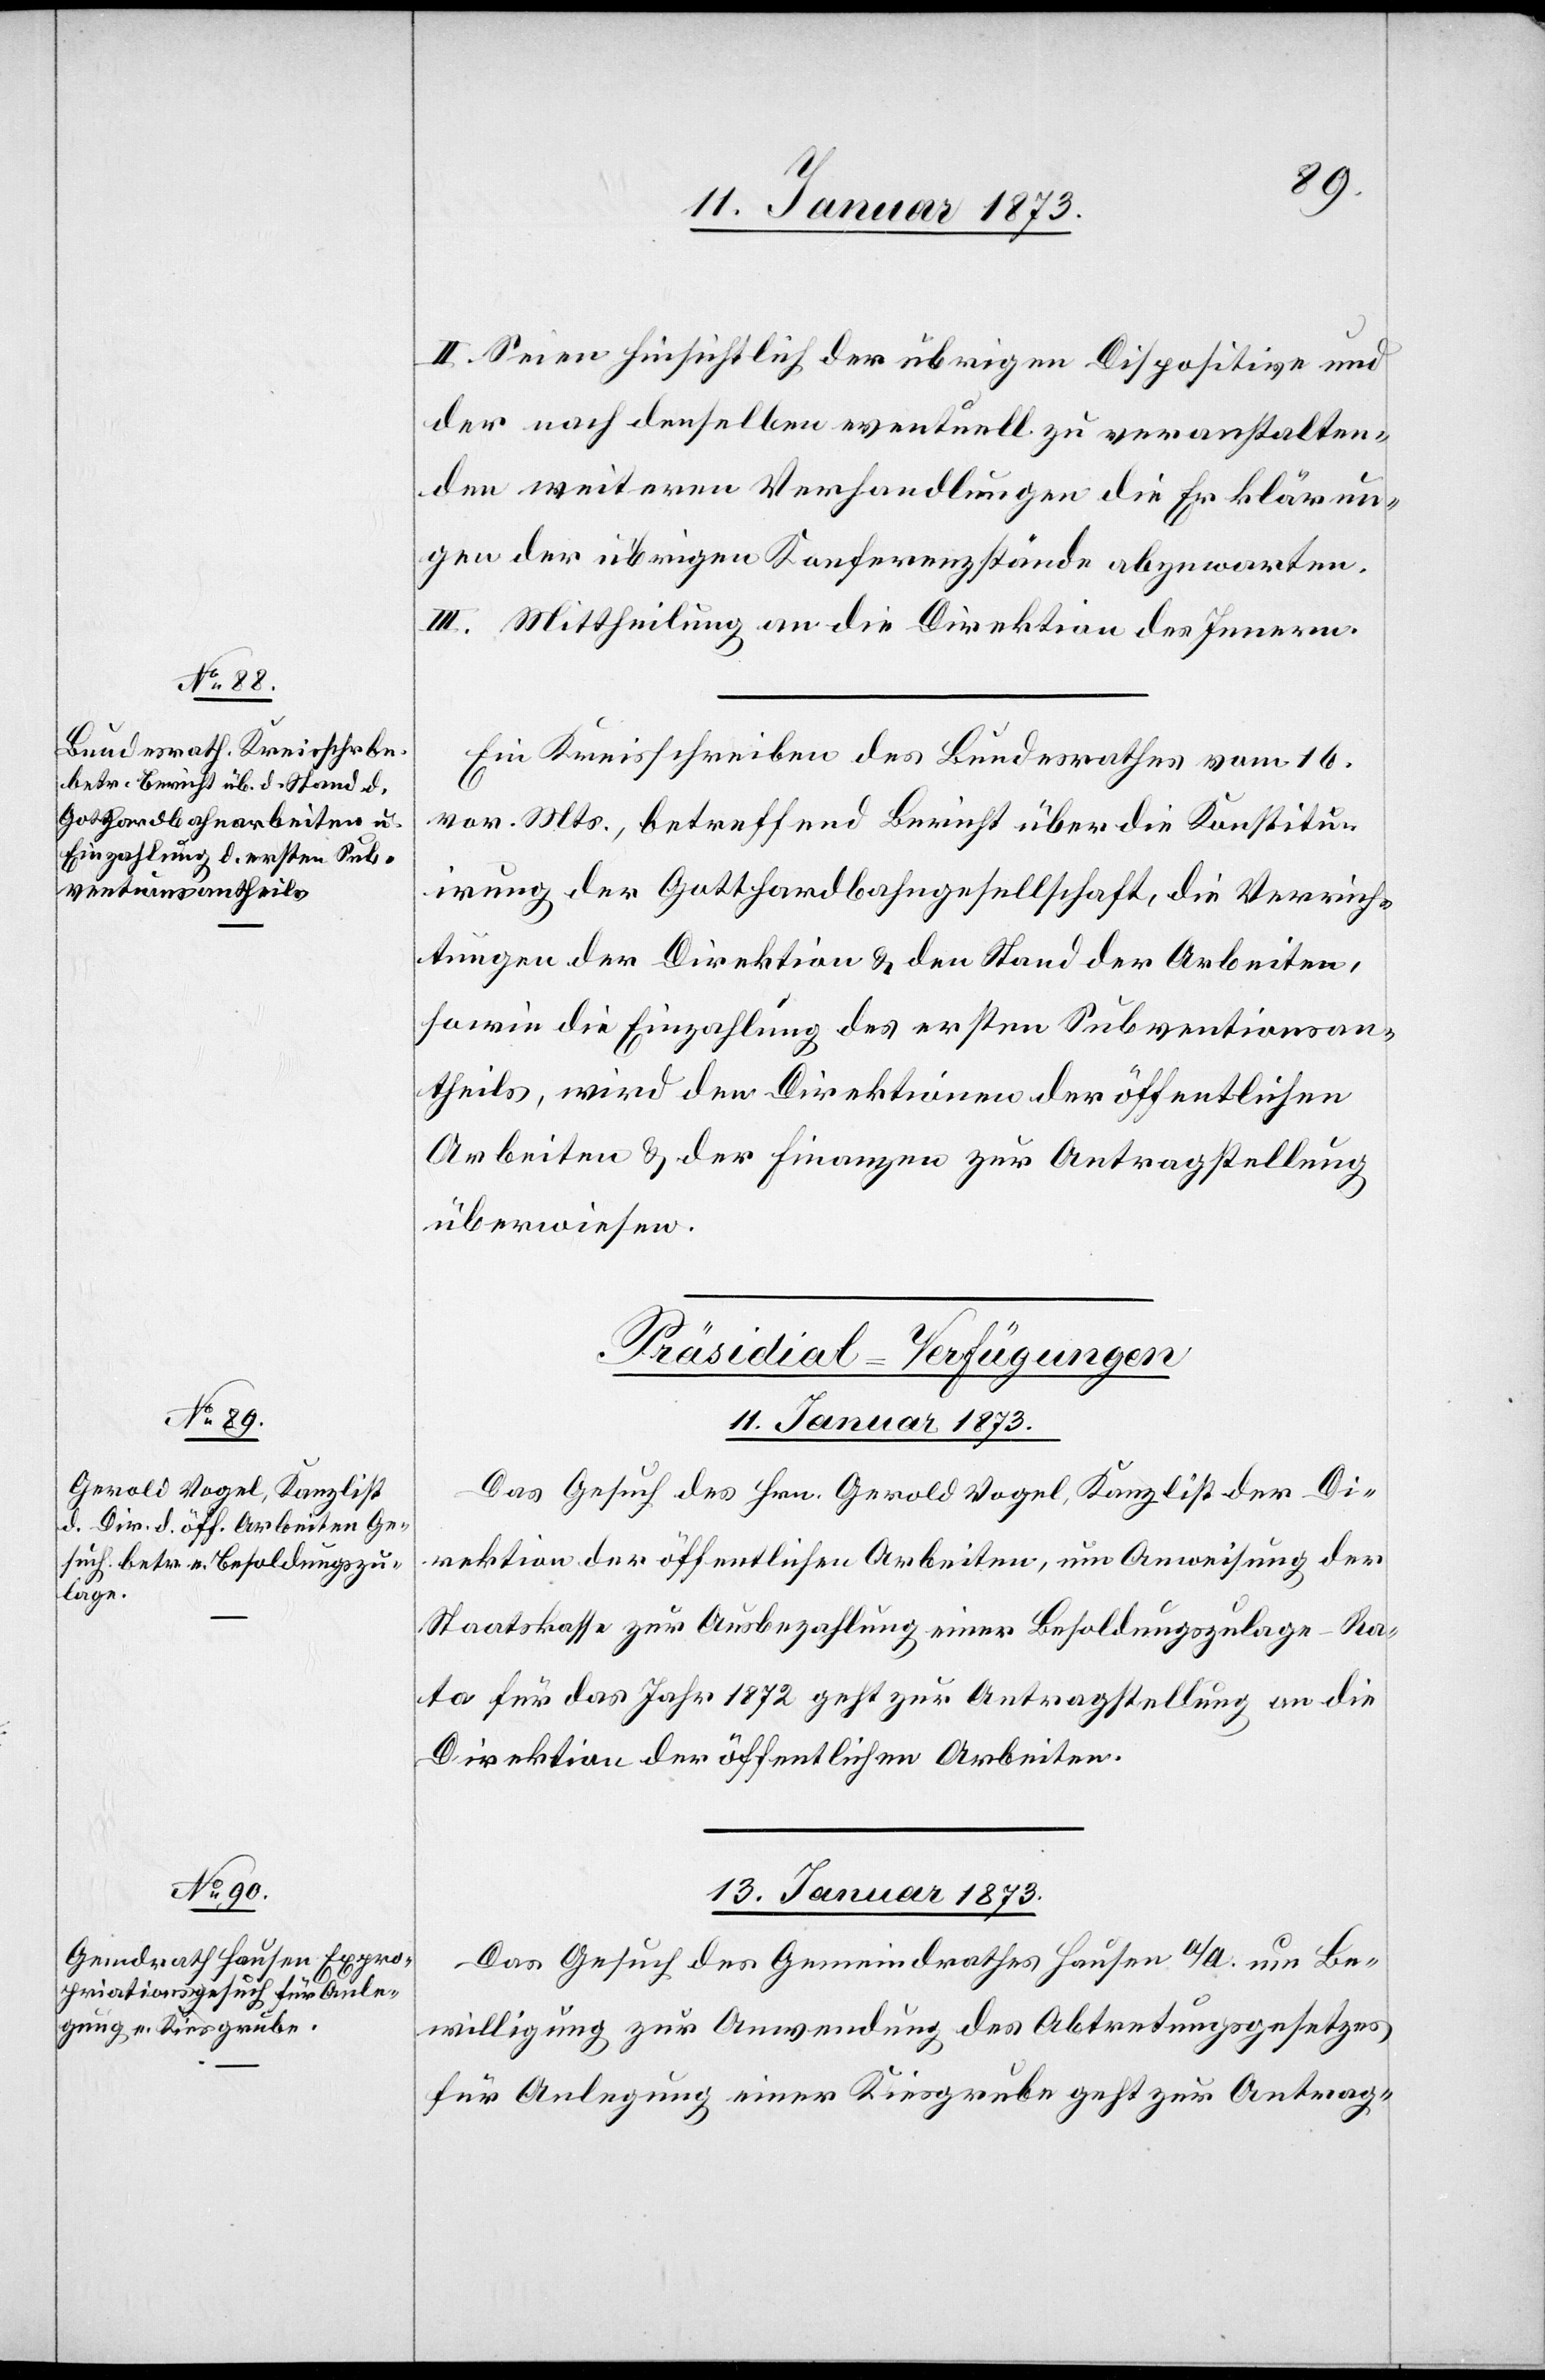
II. Seien hinsichtlich der übrigen Dispositive und
der nach denselben eventuell zu veranstalten¬
den weiteren Verhandlungen die Erklärun¬
gen der übrigen Konferenzstände abzuwarten.
III. Mittheilung an die Direktion des Innern.
Ein Kreisschreiben des Bundesrathes vom 16.
vor. Mts., betreffend Bericht über die Konstitu¬
irung der Gotthardbahngesellschaft, die Verrich¬
tungen der Direktion u. den Stand der Arbeiten,
sowie die Einzahlung des ersten Subventionsan¬
theils, wird den Direktionen der öffentlichen
Arbeiten u. der Finanzen zur Antragstellung
überwiesen.
[Präsidial-Verfügungen]
11. Januar 1873.
Das Gesuch des Hrn. Gerold Vogel, Kanzlist der Di¬
rektion der öffentlichen Arbeiten, um Anweisung der
Staatskasse zur Ausbezahlung einer Besoldungszulage-Ra¬
ta für das Jahr 1872 geht zur Antragstellung an die
Direktion der öffentlichen Arbeiten.
13. Januar 1873.
Das Gesuch des Gemeindrathes Hausen a/A. um Be¬
willigung zur Anwendung des Abtretungsgesetzes
für Anlegung einer Kiesgrube geht zur Antrag-